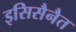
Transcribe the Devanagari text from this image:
इसिसैनैत